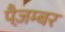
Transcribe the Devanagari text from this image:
पैज़म्बर